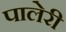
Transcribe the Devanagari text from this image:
पालेरी